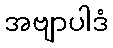
အဗျာပါဒံ